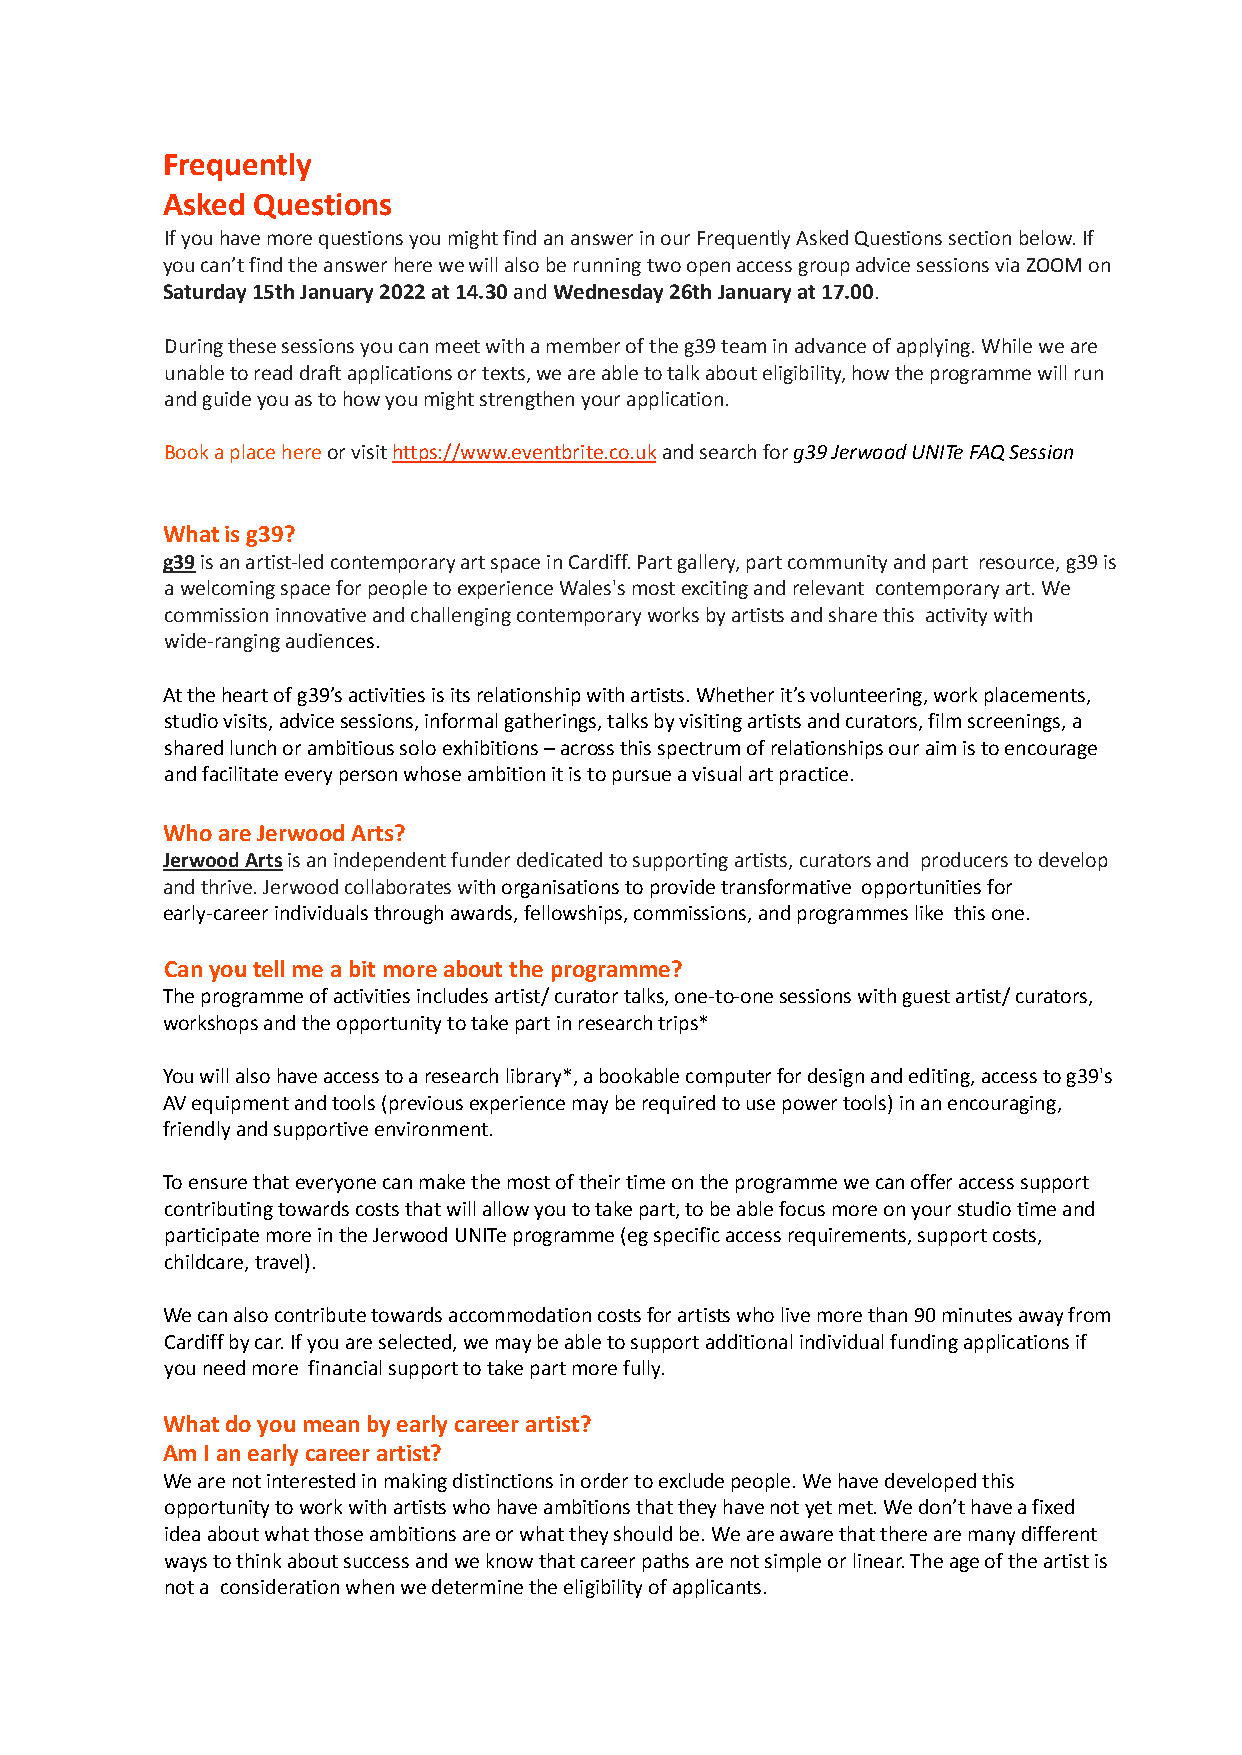
Frequently
 Asked Questions
 If you have more questions you might find an answer in our Frequently Asked Questions section below. If
 you can’t find the answer here we will also be running two open access group advice sessions via ZOOM on
 Saturday 15th January 2022 at 14.30andWednesday26th January at 17.00.
 During these sessions you can meet with a member of the g39 team in advance of applying. While we are
 unable to read draft applications or texts, we are able to talk about eligibility, how the programme will run
 and guide you as to how you might strengthen your application.
 Book a place hereor visithttps://www.eventbrite.co.ukand search forg39 Jerwood UNITe FAQ Session
 What is g39?
 g39is an artist-led contemporary art space in Cardiff.Part gallery, part community and part resource, g39 is
 a welcoming space for people to experience Wales's most exciting and relevant contemporary art. We
 commission innovative and challenging contemporary works by artists and share this activity with
 wide-ranging audiences.
 At the heart of g39’s activities is its relationship with artists. Whether it’s volunteering, work placements,
 studio visits, advice sessions, informal gatherings, talks by visiting artists and curators, film screenings, a
 shared lunch or ambitious solo exhibitions – across this spectrum of relationships our aim is to encourage
 and facilitate every person whose ambition it is to pursue a visual art practice.
 Who are Jerwood Arts?
 Jerwood Artsis an independent funder dedicated tosupporting artists, curators and producers to develop
 and thrive. Jerwood collaborates with organisationsto provide transformative opportunities for
 early-career individuals through awards, fellowships, commissions, and programmes like this one.
 Can you tell me a bit more about the programme?
 The programme of activities includes artist/ curator talks, one-to-one sessions with guest artist/ curators,
 workshops and the opportunity to take part in research trips*
 You will also have access to a research library*, a bookable computer for design and editing, access to g39's
 AV equipment and tools (previous experience may be required to use power tools) in an encouraging,
 friendly and supportive environment.
 To ensure that everyone can make the most of their time on the programme we can offer access support
 contributing towards costs that will allow you to take part, to be able focus more on your studio time and
 participate more in the Jerwood UNITe programme (eg specific access requirements, support costs,
 childcare, travel).
 We can also contribute towards accommodation costs for artists who live more than 90 minutes away from
 Cardiff by car. If you are selected, we may be able to support additional individual funding applications if
 you need more financial support to take part more fully.
 What do you mean by early career artist?
 Am I an early career artist?
 We are not interested in making distinctions in order to exclude people. We have developed this
 opportunity to work with artists who have ambitions that they have not yet met. We don’t have a fixed
 idea about what those ambitions are or what they should be. We are aware that there are many different
 ways to think about success and we know that career paths are not simple or linear. The age of the artist is
 not a consideration when we determine the eligibility of applicants.